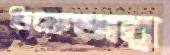
ডিফেন্ডার